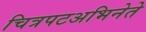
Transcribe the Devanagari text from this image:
चित्रपटअभिनेते